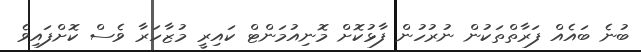
ބުނެ ބައެއް ފަރާތްތަކުން ނުރުހުން ފާޅުކޮށް މޮނިއުމަންޓް ކައިރީ މުޒާހަރާ ވެސް ކޮށްފައިވެ